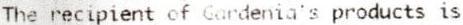
THE RECIPIENT OF GARDENIA'S PRODUCTS IS